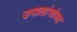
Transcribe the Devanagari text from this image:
उपग्रहांसोबत